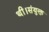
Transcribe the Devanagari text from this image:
थी।संयुक्त